Civil Veterinary Dept. Bombay admin report 1907-1913 - 1907-1913
Year: 1907
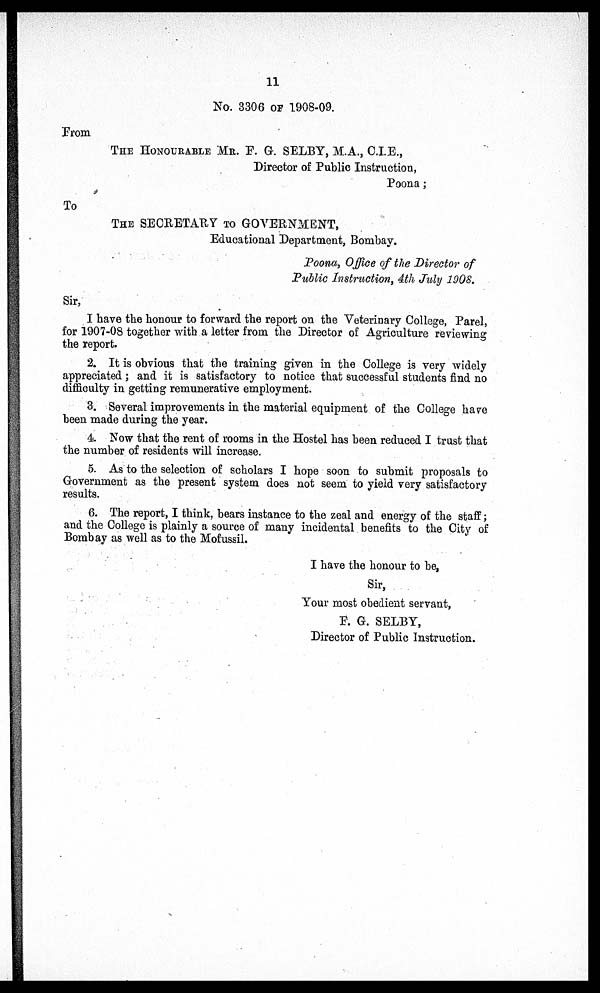
11
No. 3306 OF 1908-09.
From
THE HONOURABLE ME. P. G. SELBY, M.A., C.I.E.,
Director of Public Instruction,
Poona;
To
THE SECRETARY TO GOVERNMENT,
Educational Department, Bombay.
Poona, Office of the Director of
Public Instruction, 4th July 1908.
Sir,
I have the honour to forward the report on the Veterinary College, Parel,
for 1907-08 together with a letter from the Director of Agriculture reviewing
the report
2. It is obvious that the training given in the College is very widely
appreciated; and it is satisfactory to notice that successful students find no
difficulty in getting remunerative employment.
3. Several improvements in the material equipment of the College have
been made during the year.
4. Now that the rent of rooms in the Hostel has been reduced I trust that
the number of residents will increase.
5. As to the selection of scholars I hope soon to submit proposals to
Government as the present system does not seem to yield very satisfactory
results.
6. The report, I think, bears instance to the zeal and energy of the staff;
and the College is plainly a source of many incidental benefits to the City of
Bombay as well as to the Mofussil.
I have the honour to be,
Sir,
Your most obedient servant,
P. G. SELBY,
Director of Public Instruction.